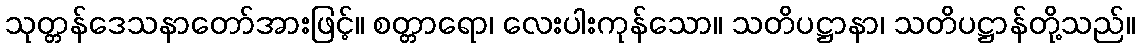
သုတ္တန်ဒေသနာတော်အားဖြင့်။ စတ္တာရော၊ လေးပါးကုန်သော။ သတိပဋ္ဌာနာ၊ သတိပဋ္ဌာန်တို့သည်။